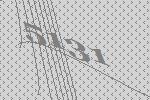
5131